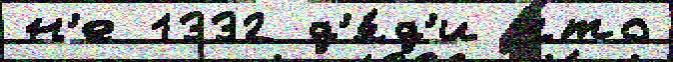
н'е 1332 д'я́д'и что